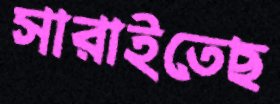
সারাইতেছ